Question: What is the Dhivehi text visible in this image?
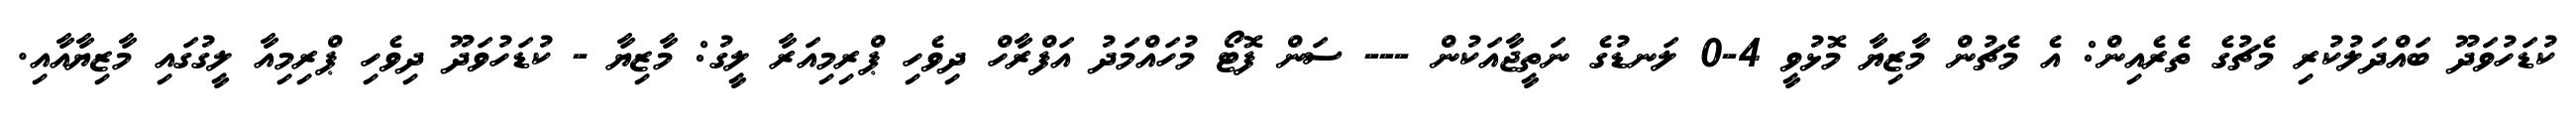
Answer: ކުޑަހުވަދޫ ބައްދަލުކުރި މެޗުގެ ތެރެއިން: އެ މެޗުން މާޒިޔާ މޮޅުވީ 4-0 ލަނޑުގެ ނަތީޖާއަކުން --- ސަން ފޮޓޯ މުހައްމަދު އަފްރާހް ދިވެހި ޕްރިމިއަރާ ލީގު: މާޒިޔާ - ކުޑަހުވަދޫ ދިވެހި ޕްރިމިއާ ލީގުގައި މާޒިޔާއާއި.